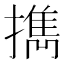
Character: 擕